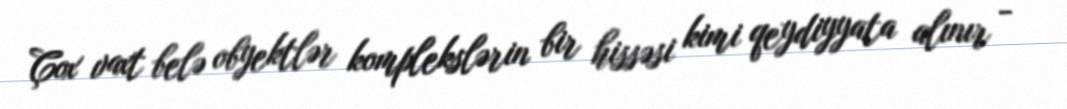
Çox vaxt belə obyektlər komplekslərin bir hissəsi kimi qeydiyyata alınır -